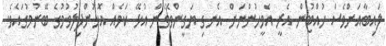
ލައިބާއަށްވެސް ހުއްޓުން އެރީ އެމީހުންނަށް އެނގި ޔަގީންވެގެން އުޅޭ ކަމެއް އޮޅުންފިލުވުމުގެ ބޭނުމުގައެވެ.